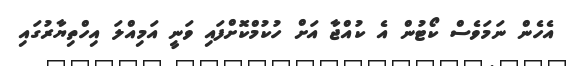
އެހެން ނަމަވެސް ކޯޓުން އެ ކުއްޖާ އަށް ހުކުމްކޮށްފައި ވަނީ އަމިއްލަ އިހްތިޔާރުގައި